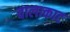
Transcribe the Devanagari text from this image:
वालाकाट